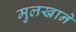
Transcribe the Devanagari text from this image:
मुलखाने